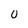
Character: 0